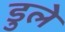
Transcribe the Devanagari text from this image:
डुले